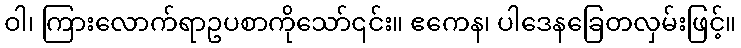
ဝါ၊ ကြားလောက်ရာဥပစာကိုသော်၎င်း။ ဧကေန၊ ပါဒေနခြေတလှမ်းဖြင့်။